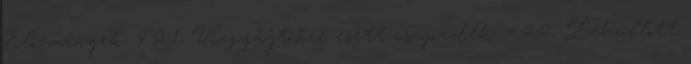
Előzmények. 4 2.1, Vízgyűjtőkre esett csapadék. 4 2.2, Lehullott